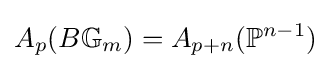
A_{p}(B\mathbb {G} _{m})=A_{p+n}(\mathbb {P} ^{n-1})